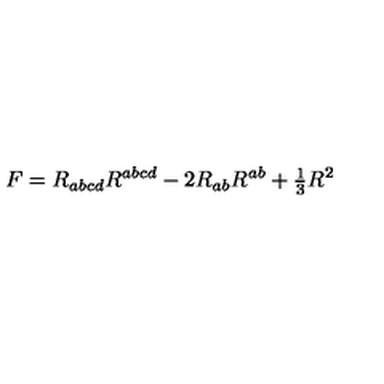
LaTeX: F = R _ { a b c d } R ^ { a b c d } - 2 R _ { a b } R ^ { a b } + { \textstyle { \frac { 1 } { 3 } } } R ^ { 2 }